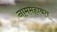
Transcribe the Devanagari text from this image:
नाममहाबत